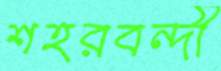
শহরবন্দী